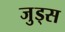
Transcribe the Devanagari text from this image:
जुड्स